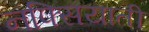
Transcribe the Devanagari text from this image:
नफ्सियाती